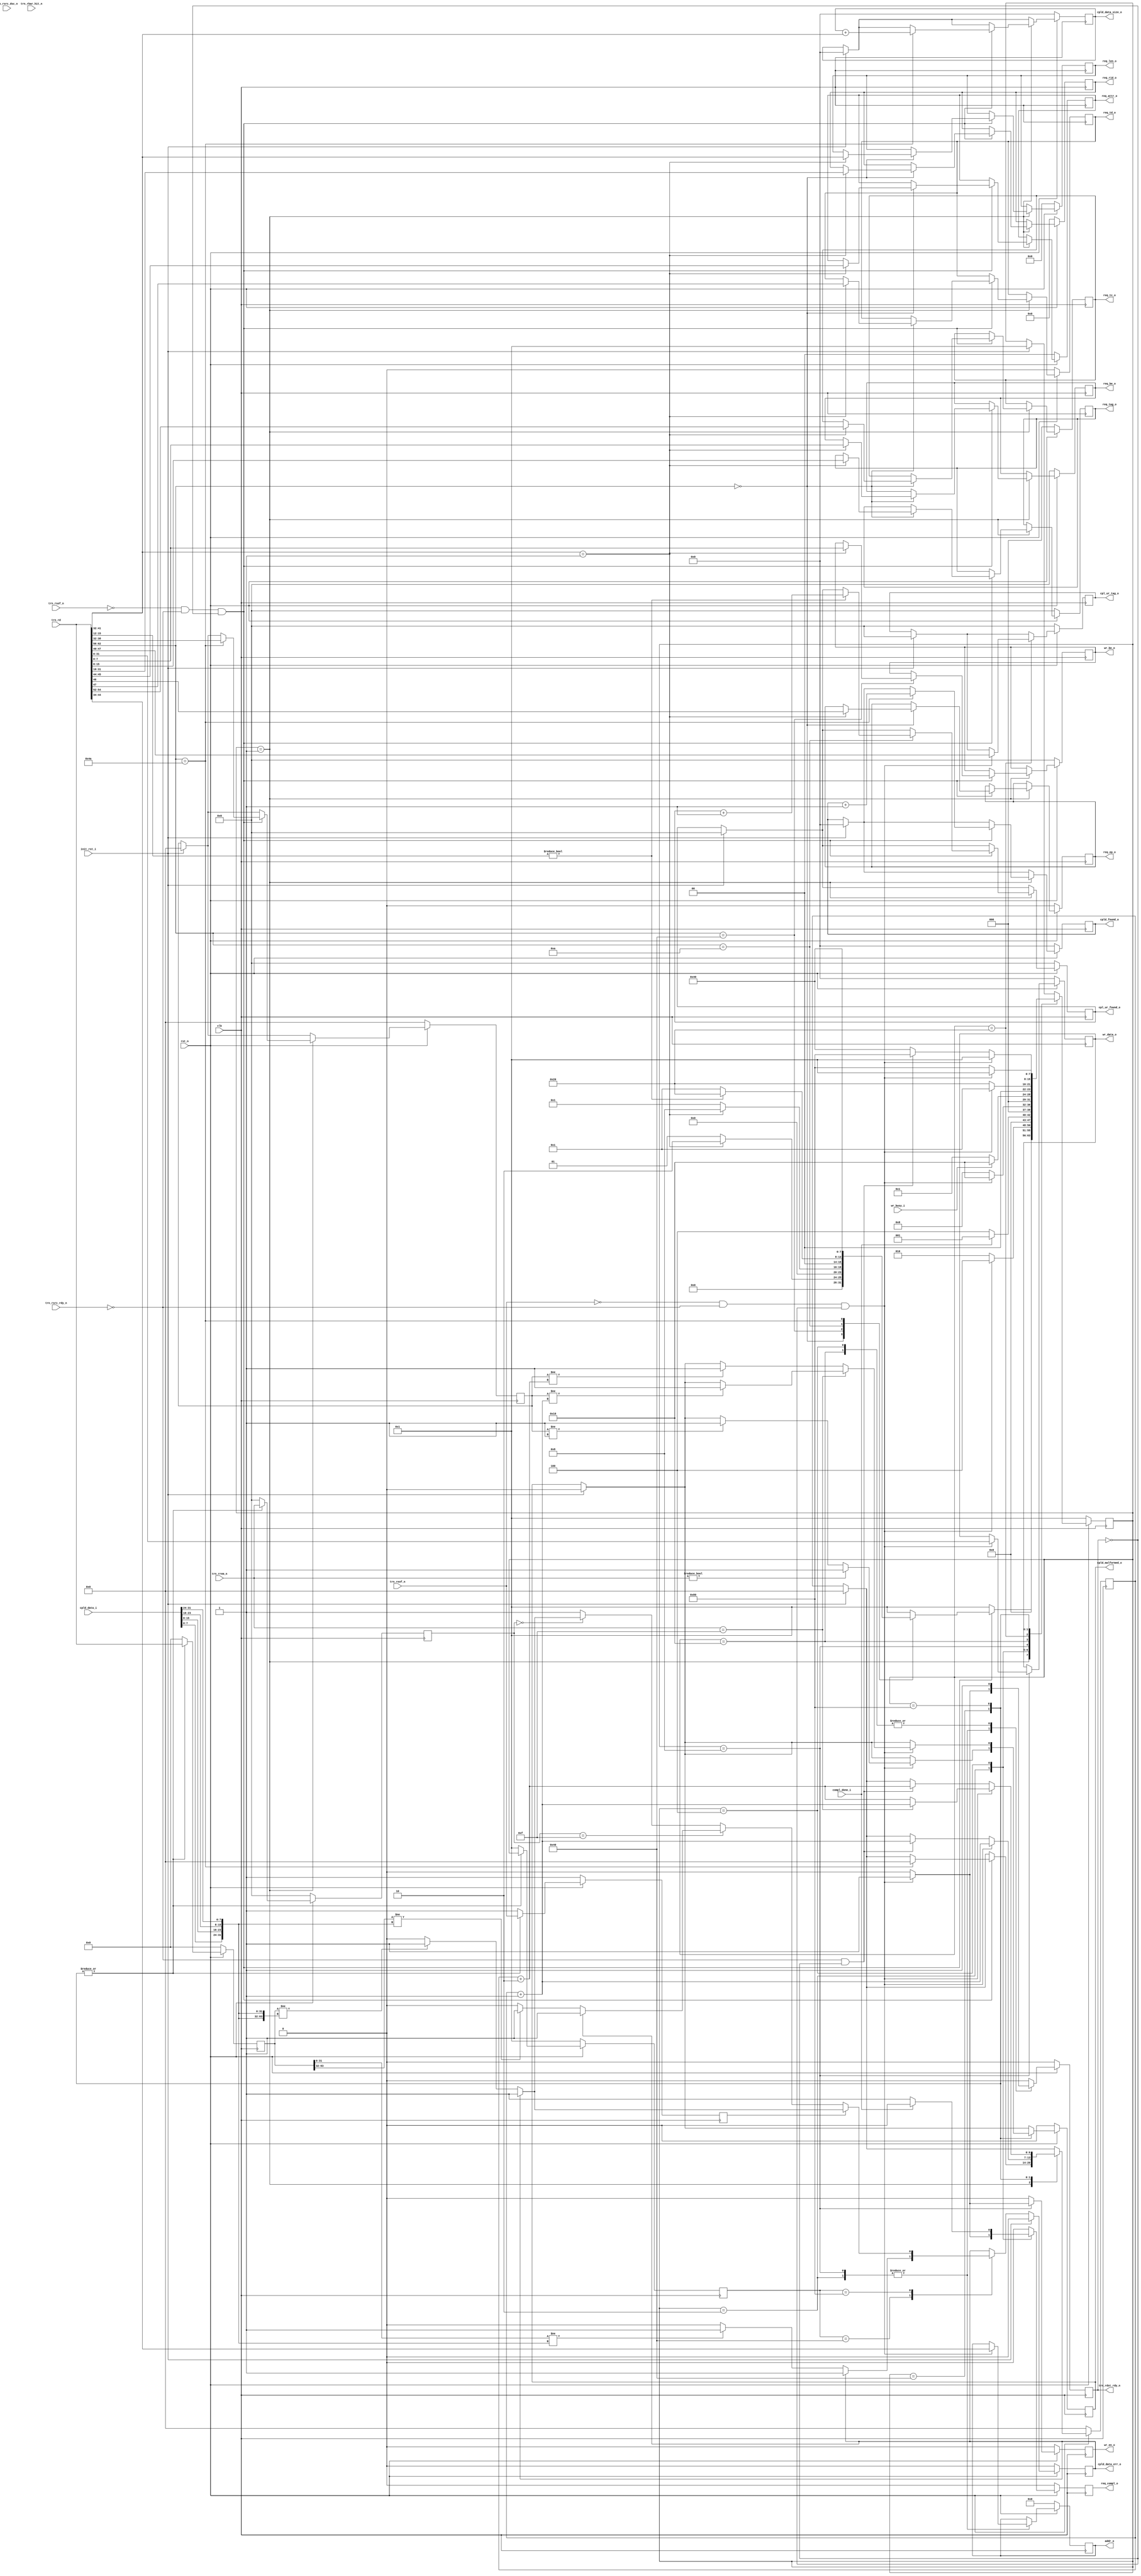
//--------------------------------------------------------------------------------
//--
//-- This file is owned and controlled by Xilinx and must be used solely
//-- for design, simulation, implementation and creation of design files
//-- limited to Xilinx devices or technologies. Use with non-Xilinx
//-- devices or technologies is expressly prohibited and immediately
//-- terminates your license.
//--
//-- Xilinx products are not intended for use in life support
//-- appliances, devices, or systems. Use in such applications is
//-- expressly prohibited.
//--
//--            **************************************
//--            ** Copyright (C) 2005, Xilinx, Inc. **
//--            ** All Rights Reserved.             **
//--            **************************************
//--
//--------------------------------------------------------------------------------
//-- Filename: BMD_64_RX_ENGINE.v
//--
//-- Description: 64 bit Local-Link Receive Unit.
//--
//--------------------------------------------------------------------------------

`timescale 1ns/1ns

`define BMD_64_RX_RST            8'b00000001
`define BMD_64_RX_MEM_RD32_QW1   8'b00000010
`define BMD_64_RX_MEM_RD32_WT    8'b00000100
`define BMD_64_RX_MEM_WR32_QW1   8'b00001000
`define BMD_64_RX_MEM_WR32_WT    8'b00010000
`define BMD_64_RX_CPL_QW1        8'b00100000
`define BMD_64_RX_CPLD_QW1       8'b01000000
`define BMD_64_RX_CPLD_QWN       8'b10000000

`define BMD_MEM_RD32_FMT_TYPE    7'b00_00000
`define BMD_MEM_WR32_FMT_TYPE    7'b10_00000
`define BMD_CPL_FMT_TYPE         7'b00_01010
`define BMD_CPLD_FMT_TYPE        7'b10_01010

module BMD_RX_ENGINE (

                        clk,
                        rst_n,

                        /*
                         * Initiator reset
                         */

                        init_rst_i,

                        /*
                         * Receive local link interface from PCIe core
                         */
                    
                        trn_rd,  
                        trn_rrem_n,
                        trn_rsof_n,
                        trn_reof_n,
                        trn_rsrc_rdy_n,
                        trn_rsrc_dsc_n,
                        trn_rdst_rdy_n,
                        trn_rbar_hit_n,

                        /*
                         * Memory Read data handshake with Completion 
                         * transmit unit. Transmit unit reponds to 
                         * req_compl assertion and responds with compl_done
                         * assertion when a Completion w/ data is transmitted. 
                         */

                        req_compl_o,
                        compl_done_i,

                        addr_o,                    // Memory Read Address

                        req_tc_o,                  // Memory Read TC
                        req_td_o,                  // Memory Read TD
                        req_ep_o,                  // Memory Read EP
                        req_attr_o,                // Memory Read Attribute
                        req_len_o,                 // Memory Read Length (1DW)
                        req_rid_o,                 // Memory Read Requestor ID
                        req_tag_o,                 // Memory Read Tag
                        req_be_o,                  // Memory Read Byte Enables

                        /* 
                         * Memory interface used to save 1 DW data received 
                         * on Memory Write 32 TLP. Data extracted from
                         * inbound TLP is presented to the Endpoint memory
                         * unit. Endpoint memory unit reacts to wr_en_o
                         * assertion and asserts wr_busy_i when it is 
                         * processing written information.
                         */

                        wr_be_o,                   // Memory Write Byte Enable
                        wr_data_o,                 // Memory Write Data
                        wr_en_o,                   // Memory Write Enable
                        wr_busy_i,                  // Memory Write Busy

                        /*
                         * Completion no Data
                         */

                        cpl_ur_found_o,
                        cpl_ur_tag_o,

                        /*
                         * Completion with Data
                         */
                        
                        cpld_data_i,
                        cpld_found_o,
                        cpld_data_size_o,
                        cpld_malformed_o,
                        cpld_data_err_o
                         

                       );

    input              clk;
    input              rst_n;

    input              init_rst_i;

    input [63:0]       trn_rd;
    input [7:0]        trn_rrem_n;
    input              trn_rsof_n;
    input              trn_reof_n;
    input              trn_rsrc_rdy_n;
    input              trn_rsrc_dsc_n;
    output             trn_rdst_rdy_n;
    input [6:0]        trn_rbar_hit_n;
 
    output             req_compl_o;
    input              compl_done_i;

    output [10:0]      addr_o;

    output [2:0]       req_tc_o;
    output             req_td_o;
    output             req_ep_o;
    output [1:0]       req_attr_o;
    output [9:0]       req_len_o;
    output [15:0]      req_rid_o;
    output [7:0]       req_tag_o;
    output [7:0]       req_be_o;

    output [7:0]       wr_be_o;
    output [31:0]      wr_data_o;
    output             wr_en_o;
    input              wr_busy_i;

    output [7:0]       cpl_ur_found_o;
    output [7:0]       cpl_ur_tag_o;

    input  [31:0]      cpld_data_i;
    output [31:0]      cpld_found_o;
    output [31:0]      cpld_data_size_o;
    output             cpld_malformed_o;
    output             cpld_data_err_o;

    // Local wire

    wire   [31:0]      cpld_data_i_sw = {cpld_data_i[07:00],
                                         cpld_data_i[15:08],
                                         cpld_data_i[23:16],
                                         cpld_data_i[31:24]};

    // Local Registers

    reg [7:0]          bmd_64_rx_state;

    reg                trn_rdst_rdy_n;

    reg                req_compl_o;

    reg [2:0]          req_tc_o;
    reg                req_td_o;
    reg                req_ep_o;
    reg [1:0]          req_attr_o;
    reg [9:0]          req_len_o;
    reg [15:0]         req_rid_o;
    reg [7:0]          req_tag_o;
    reg [7:0]          req_be_o;

    reg [10:0]         addr_o;
    reg [7:0]          wr_be_o;
    reg [31:0]         wr_data_o;
    reg                wr_en_o;

    reg [7:0]          cpl_ur_found_o;
    reg [7:0]          cpl_ur_tag_o;

    reg [31:0]         cpld_found_o;
    reg [31:0]         cpld_data_size_o;
    reg                cpld_malformed_o;
    reg                cpld_data_err_o;

    //reg [9:0]          cpld_real_size;
    //reg [9:0]          cpld_tlp_size;
    reg [6:0]          cpld_real_size;
    reg [6:0]          cpld_tlp_size;

    reg [7:0]          bmd_64_rx_state_q;
    reg [63:0]         trn_rd_q;
    reg [7:0]          trn_rrem_n_q;
    reg                trn_reof_n_q;
    reg                trn_rsrc_rdy_n_q;

    always @ ( posedge clk ) begin
              
        if (!rst_n ) begin

          bmd_64_rx_state   <= `BMD_64_RX_RST;

          trn_rdst_rdy_n <= 1'b0;

          req_compl_o    <= 1'b0;

          req_tc_o       <= 2'b0;
          req_td_o       <= 1'b0;
          req_ep_o       <= 1'b0;
          req_attr_o     <= 2'b0;
          req_len_o      <= 10'b0;
          req_rid_o      <= 16'b0;
          req_tag_o      <= 8'b0;
          req_be_o       <= 8'b0;
          addr_o         <= 31'b0;

          wr_be_o        <= 8'b0;
          wr_data_o      <= 31'b0;
          wr_en_o        <= 1'b0;
          
          cpl_ur_found_o   <= 8'b0;
          cpl_ur_tag_o     <= 8'b0;

          cpld_found_o     <= 32'b0;
          cpld_data_size_o <= 32'b0;
          cpld_malformed_o <= 1'b0;

          cpld_real_size   <= 7'b0;
          cpld_tlp_size    <= 7'b0;

          bmd_64_rx_state_q <= `BMD_64_RX_RST;
          trn_rd_q          <= 64'b0;
          trn_rrem_n_q      <= 8'b0;
          trn_reof_n_q      <= 1'b1;
          trn_rsrc_rdy_n_q  <= 1'b1;

        end else begin

          wr_en_o        <= 1'b0;
          req_compl_o    <= 1'b0;
          trn_rdst_rdy_n <= 1'b0;
 
          if (init_rst_i) begin

            bmd_64_rx_state  <= `BMD_64_RX_RST;

            cpl_ur_found_o   <= 8'b0;
            cpl_ur_tag_o     <= 8'b0;
   
            cpld_found_o     <= 32'b0;
            cpld_data_size_o <= 32'b0;
            cpld_malformed_o <= 1'b0;

            cpld_real_size   <= 7'b0;
            cpld_tlp_size    <= 7'b0;

            bmd_64_rx_state_q <= `BMD_64_RX_RST;
            trn_rd_q          <= 64'b0;
            trn_rrem_n_q      <= 8'b0;
            trn_reof_n_q      <= 1'b1;
            trn_rsrc_rdy_n_q  <= 1'b1;

         end

         bmd_64_rx_state_q <= `BMD_64_RX_RST;
         trn_rd_q          <= 64'b0;
         trn_rrem_n_q      <= 8'b0;
         trn_reof_n_q      <= 1'b1;
         trn_rsrc_rdy_n_q  <= 1'b1;

         case (bmd_64_rx_state)

           `BMD_64_RX_RST : begin

             if ((!trn_rsof_n) && 
                 (!trn_rsrc_rdy_n) && 
                 (!trn_rdst_rdy_n)) begin
            
               case (trn_rd[62:56]) 

                 `BMD_MEM_RD32_FMT_TYPE : begin

                   if (trn_rd[41:32] == 10'b1) begin
    
                     req_tc_o     <= trn_rd[54:52];  
                     req_td_o     <= trn_rd[47];
                     req_ep_o     <= trn_rd[46]; 
                     req_attr_o   <= trn_rd[45:44]; 
                     req_len_o    <= trn_rd[41:32]; 
                     req_rid_o    <= trn_rd[31:16]; 
                     req_tag_o    <= trn_rd[15:08]; 
                     req_be_o     <= trn_rd[07:00];

                     bmd_64_rx_state <= `BMD_64_RX_MEM_RD32_QW1;
    
                   end else
                     bmd_64_rx_state <= `BMD_64_RX_RST;

                 end
             
                 `BMD_MEM_WR32_FMT_TYPE : begin
    
                   if (trn_rd[41:32] == 10'b1) begin
    
                     wr_be_o      <= trn_rd[07:00];
                     bmd_64_rx_state <= `BMD_64_RX_MEM_WR32_QW1;
                    
                   end else
                     bmd_64_rx_state <= `BMD_64_RX_RST;

    
                 end
    
                 `BMD_CPL_FMT_TYPE : begin
    
                   if (trn_rd[15:12] != 3'b000) begin
    
                     cpl_ur_found_o <= cpl_ur_found_o + 1'b1;
                     bmd_64_rx_state   <= `BMD_64_RX_CPL_QW1;
    
                   end else
                     bmd_64_rx_state   <= `BMD_64_RX_RST;
    
                 end
    
                 `BMD_CPLD_FMT_TYPE : begin
                   
                   cpld_data_size_o <= cpld_data_size_o + trn_rd[41:32];
                   cpld_tlp_size    <= trn_rd[38:32];
                   cpld_found_o     <= cpld_found_o  + 1'b1;
                   cpld_real_size   <= 7'b0;
                   bmd_64_rx_state  <= `BMD_64_RX_CPLD_QW1;
                   
                 end
                 
                 default : begin
    
                   bmd_64_rx_state   <= `BMD_64_RX_RST;
    
                 end
              
               endcase

             end else
               bmd_64_rx_state   <= `BMD_64_RX_RST;

           end

           `BMD_64_RX_MEM_RD32_QW1 : begin

             if ((!trn_reof_n) && 
                 (!trn_rsrc_rdy_n) && 
                 (!trn_rdst_rdy_n)) begin

               addr_o            <= trn_rd[63:34];
               req_compl_o       <= 1'b1;
               trn_rdst_rdy_n    <= 1'b1;
               bmd_64_rx_state   <= `BMD_64_RX_MEM_RD32_WT;

             end else
               bmd_64_rx_state   <= `BMD_64_RX_MEM_RD32_QW1;

           end

           `BMD_64_RX_MEM_RD32_WT: begin

             trn_rdst_rdy_n <= 1'b1;
             if (compl_done_i)
               bmd_64_rx_state   <= `BMD_64_RX_RST;
             else begin

               req_compl_o       <= 1'b1;
               trn_rdst_rdy_n    <= 1'b1;
               bmd_64_rx_state   <= `BMD_64_RX_MEM_RD32_WT;

             end

           end

           `BMD_64_RX_MEM_WR32_QW1 : begin

             if ((!trn_reof_n) && 
                 (!trn_rsrc_rdy_n) && 
                 (!trn_rdst_rdy_n)) begin

               addr_o           <= trn_rd[44:34];
               wr_data_o        <= trn_rd[31:00];
               wr_en_o          <= 1'b1;
               trn_rdst_rdy_n   <= 1'b1;
               bmd_64_rx_state  <= `BMD_64_RX_MEM_WR32_WT;

             end else
               bmd_64_rx_state  <= `BMD_64_RX_MEM_WR32_QW1;

           end

           `BMD_64_RX_MEM_WR32_WT: begin

             trn_rdst_rdy_n <= 1'b1;
             if (!wr_busy_i)
               bmd_64_rx_state  <= `BMD_64_RX_RST;
             else
               bmd_64_rx_state  <= `BMD_64_RX_MEM_WR32_WT;

           end

           `BMD_64_RX_CPL_QW1 : begin

             if ((!trn_reof_n) && 
                 (!trn_rsrc_rdy_n) && 
                 (!trn_rdst_rdy_n)) begin

               cpl_ur_tag_o     <= trn_rd[47:40];
               bmd_64_rx_state  <= `BMD_64_RX_RST;

             end else
               bmd_64_rx_state  <= `BMD_64_RX_CPL_QW1;

           end

           `BMD_64_RX_CPLD_QW1 : begin

             bmd_64_rx_state_q <= bmd_64_rx_state;
             trn_rd_q          <= trn_rd;
             trn_rrem_n_q      <= trn_rrem_n;
             trn_reof_n_q      <= trn_reof_n;
             trn_rsrc_rdy_n_q  <= trn_rsrc_rdy_n;

             if ((!trn_reof_n) && 
                 (!trn_rsrc_rdy_n) && 
                 (!trn_rdst_rdy_n)) begin

               cpld_real_size  <= cpld_real_size  + 1'b1;

               if (cpld_tlp_size != 1'b1)
                 cpld_malformed_o <= 1'b1;
               if (trn_rrem_n != 8'h00)
                 cpld_malformed_o <= 1'b1;

               bmd_64_rx_state  <= `BMD_64_RX_RST;

             end else if ((!trn_rsrc_rdy_n) && 
                          (!trn_rdst_rdy_n)) begin

               cpld_real_size   <= cpld_real_size  + 1'b1;
               bmd_64_rx_state  <= `BMD_64_RX_CPLD_QWN;

             end else
               bmd_64_rx_state   <= `BMD_64_RX_CPLD_QW1;

           end

           `BMD_64_RX_CPLD_QWN : begin

             bmd_64_rx_state_q <= bmd_64_rx_state;
             trn_rd_q          <= trn_rd;
             trn_rrem_n_q      <= trn_rrem_n;
             trn_reof_n_q      <= trn_reof_n;
             trn_rsrc_rdy_n_q  <= trn_rsrc_rdy_n;

             if ((!trn_reof_n) && 
                 (!trn_rsrc_rdy_n) && 
                 (!trn_rdst_rdy_n)) begin

               if (trn_rrem_n == 8'h0F) begin

                 cpld_real_size   <= cpld_real_size  + 1'h1;
                 if (cpld_tlp_size  != cpld_real_size  + 1'h1)
                   cpld_malformed_o <= 1'b1;

               end else begin

                 cpld_real_size   <= cpld_real_size  + 2'h2;
                 if (cpld_tlp_size  != cpld_real_size  + 2'h2)
                   cpld_malformed_o <= 1'b1;

               end 
               bmd_64_rx_state  <= `BMD_64_RX_RST;

             end else if ((!trn_rsrc_rdy_n) && 
                          (!trn_rdst_rdy_n)) begin

               cpld_real_size   <= cpld_real_size  + 2'h2;
               bmd_64_rx_state  <= `BMD_64_RX_CPLD_QWN;

             end else
               bmd_64_rx_state   <= `BMD_64_RX_CPLD_QWN;

           end

         endcase

      end   

    end       

    always @ ( posedge clk ) begin
              
      if (!rst_n ) begin

        cpld_data_err_o <= 1'b0;

      end else begin

        if (init_rst_i)
          cpld_data_err_o <= 1'b0;
        else begin

          case (bmd_64_rx_state_q)

            `BMD_64_RX_CPLD_QW1 : begin

              if (cpld_data_err_o == 1'b0)
                if (trn_rd_q[31:00] != cpld_data_i_sw)
                  cpld_data_err_o <= 1'b1;

            end

            `BMD_64_RX_CPLD_QWN : begin

              if (!trn_reof_n_q) begin
  
                if (trn_rrem_n_q == 8'h0F) begin
  
                  if (cpld_data_err_o == 1'b0)
                    if (trn_rd_q[63:32] != cpld_data_i_sw)
                      cpld_data_err_o <= 1'b1;
                 
                end else if (trn_rrem_n_q == 8'h00) begin
  
                   if (cpld_data_err_o == 1'b0)
                     if (trn_rd_q != {cpld_data_i_sw, cpld_data_i_sw})
                       cpld_data_err_o <= 1'b1;
  
                end else  // Invalid remainder
                   cpld_data_err_o <= 1'b1;
  
              end else begin
  
                if (cpld_data_err_o == 1'b0)
                  if (trn_rd_q != {cpld_data_i_sw, cpld_data_i_sw})
                    cpld_data_err_o <= 1'b1;
  
              end

            end

          endcase

        end

      end

    end


endmodule // BMD_64_RX_ENGINE